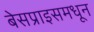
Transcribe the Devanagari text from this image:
बेसप्राइसमधून